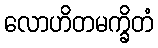
လောဟိတမက္ခိတံ